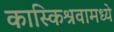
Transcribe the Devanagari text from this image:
कास्किश्रवामध्ये